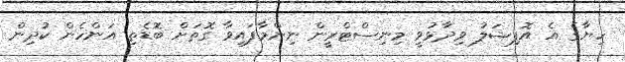
ހިޔާގެ އެ އޮފިޝަލު ވިދާޅުވީ މިނިސްޓްރީން ނިންމާފައިވާ ގޮތަށް ބޮޑެތި އަންހެން ކުދިން